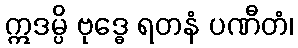
ဣဒမ္ပိ ဗုဒ္ဓေ ရတနံ ပဏီတံ၊